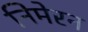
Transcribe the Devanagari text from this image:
निमेरन